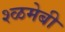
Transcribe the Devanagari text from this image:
श्ळमेबी